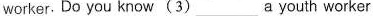
worker. Do you know (3) ___ a youth worker